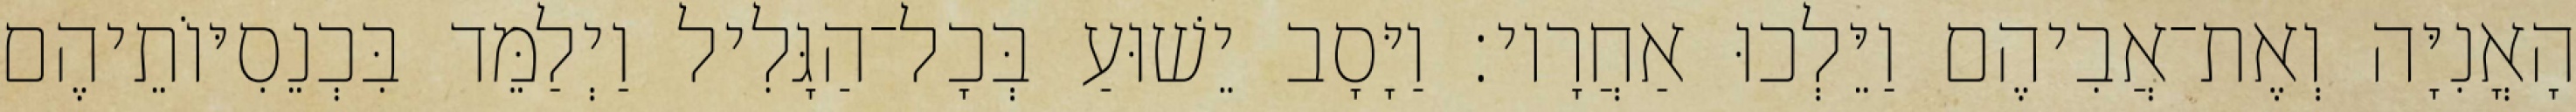
הָאֳנִיָּה וְאֶת־אֲבִיהֶם וַיֵּלְכוּ אַחֲרָיו׃ וַיָּסָב יֵשׁוּעַ בְּכָל־הַגָּלִיל וַיְלַמֵּד בִּכְנֵסִיּוֹתֵיהֶם